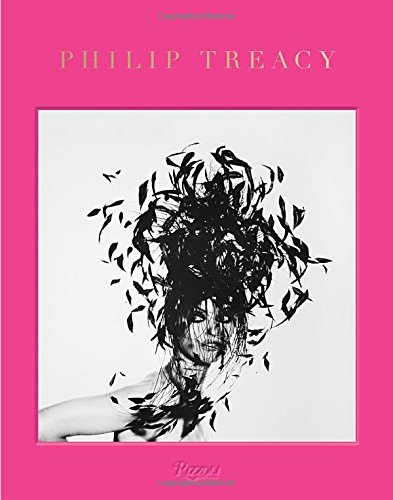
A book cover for Philip Treacy: Hat Designer; Philip Treacy; Humor & Entertainment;